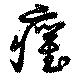
癯